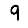
Digit: 9